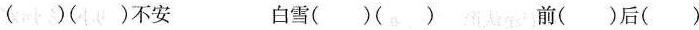
( )( )不安 白雪( )( ) 前( )后( )